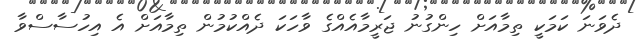
ދެވަނަ ކަމަކީ ތިމާއަށް ހިންގުނު ޖަރީމާއެއްގެ ވާހަކަ ދެއްކުމުން ތިމާއަށް އެ އިހުސާސްވާ